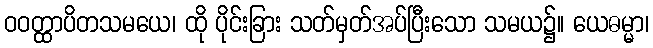
ဝဝတ္ထာပိတသမယေ၊ ထို ပိုင်းခြား သတ်မှတ်အပ်ပြီးသော သမယ၌။ ယေဓမ္မာ၊